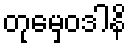
တုမှေဝဒါနိ